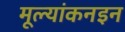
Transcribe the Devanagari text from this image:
मूल्यांकनइन